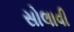
સોલાવી